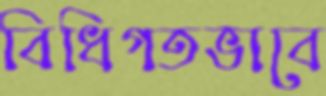
বিধিগতভাবে